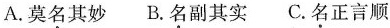
A.莫名其妙 B.名副其实 C.名正言顺